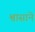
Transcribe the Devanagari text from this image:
श्वासाने